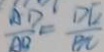
\frac { A D } { A Q } = \frac { D C } { B C }